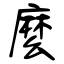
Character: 麼